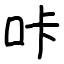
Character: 咔